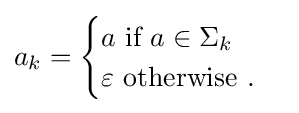
a_{k}={\begin{cases}a{\mbox{ if }}a\in \Sigma _{k}\\\varepsilon {\mbox{ otherwise }}.\end{cases}}